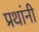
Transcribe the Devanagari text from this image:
प्रथांनी